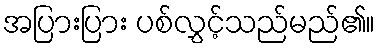
အပြားပြား ပစ်လွှင့်သည်မည်၏။